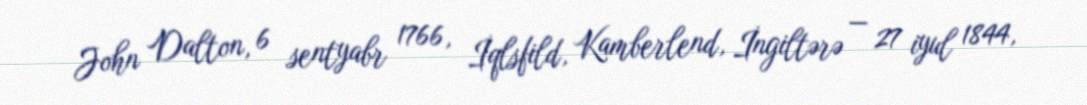
John Dalton, 6 sentyabr 1766, İqlsfild, Kamberlend, İngiltərə — 27 iyul 1844,